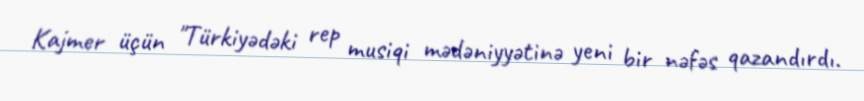
Kajmer üçün "Türkiyədəki rep musiqi mədəniyyətinə yeni bir nəfəs qazandırdı.